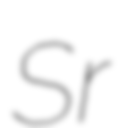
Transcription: Sr